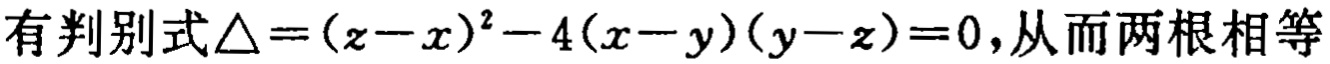
有判别式\(\triangle=(z - x)^{2}-4(x - y)(y - z)=0\)，从而两根相等